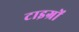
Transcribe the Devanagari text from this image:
टाइग्रों